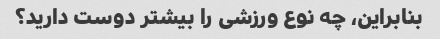
بنابراین، چه نوع ورزشی را بیشتر دوست دارید؟